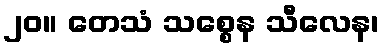
၂၀။ တေသံ သစ္စေန သီလေန၊